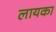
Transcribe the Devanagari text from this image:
लायका